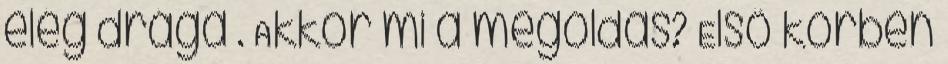
elég drága . Akkor mi a megoldás? Elsõ körben